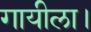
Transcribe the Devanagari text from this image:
गायीला।